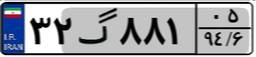
۱۸گ۳۱۰۳۸